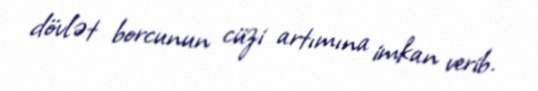
dövlət borcunun cüzi artımına imkan verib.